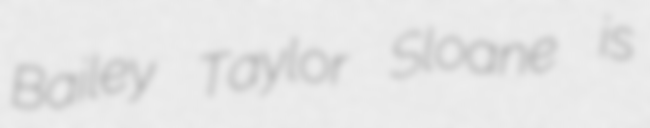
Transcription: Bailey Taylor Sloane is